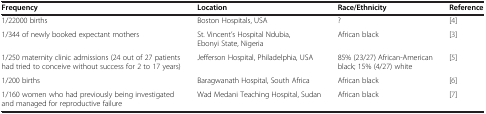
| Frequency | Location | Race/Ethnicity | Reference |
 | --- | --- | --- | --- |
 | 1/22000 births | Boston Hospitals, USA | ? | [4] |
 | 1/344 of newly booked expectant mothers | St. Vincent’s Hospital Ndubia, Ebonyi State, Nigeria | African black | [3] |
 | 1/250 maternity clinic admissions (24 out of 27 patients had tried to conceive without success for 2 to 17 years) | Jefferson Hospital, Philadelphia, USA | 85% (23/27) African-American black; 15% (4/27) white | [5] |
 | 1/200 births | Baragwanath Hospital, South Africa | African black | [6] |
 | 1/160 women who had previously being investigated and managed for reproductive failure | Wad Medani Teaching Hospital, Sudan | African black | [7] |